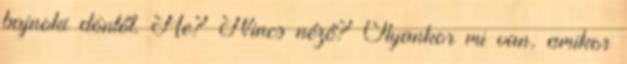
bajnoki döntőt. He? Nincs néző? Olyankor mi van, amikor